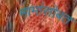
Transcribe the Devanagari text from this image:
मामांसोबत